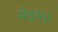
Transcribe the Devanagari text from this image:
थेड्मर